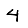
Digit: 4